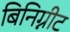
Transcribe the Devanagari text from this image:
बिनिग्नीट